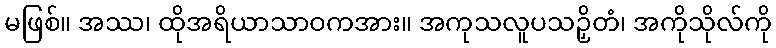
မဖြစ်။ အဿ၊ ထိုအရိယာသာဝကအား။ အကုသလူပသဉှိတံ၊ အကိုသိုလ်ကို